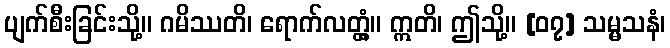
ပျက်စီးခြင်းသို့။ ဂမိဿတိ၊ ရောက်လတ္တံ့။ ဣတိ၊ ဤသို့။ [၀၇] သမ္မသနံ၊